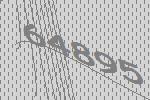
64895